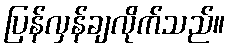
ပြန်လှန်ချလိုက်သည်။